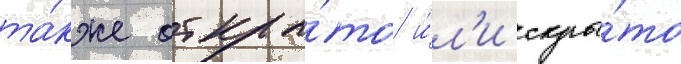
та́кже откры́то и́л'и скры́то